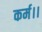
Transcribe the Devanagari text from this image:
कर्म।।